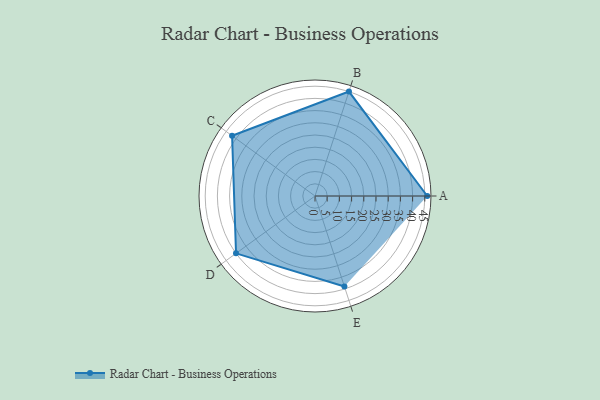
{"axis": {"x": "Skill", "y": "Score"}, "legend": ["Profile"], "data": [{"x": "A", "y": 46.0, "type": "Profile"}, {"x": "B", "y": 45.0, "type": "Profile"}, {"x": "C", "y": 42.0, "type": "Profile"}, {"x": "D", "y": 40.0, "type": "Profile"}, {"x": "E", "y": 39.0, "type": "Profile"}]}